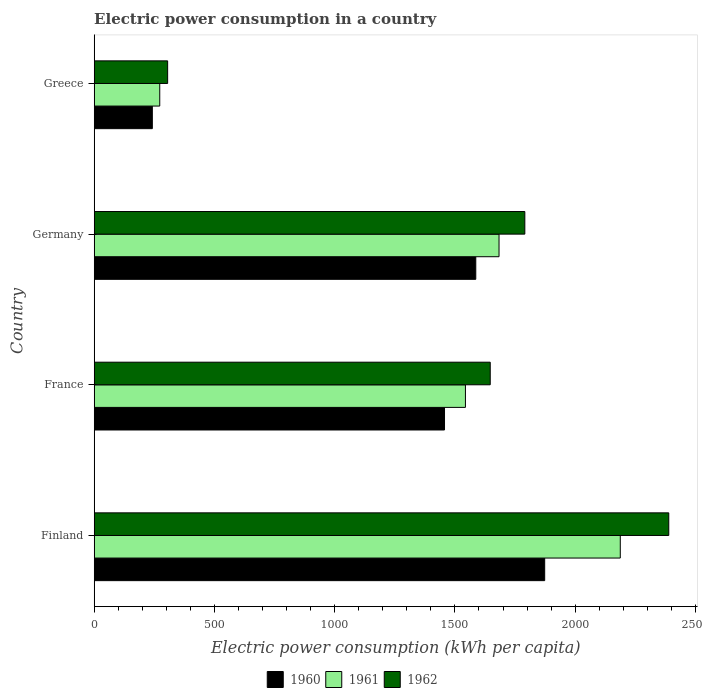
| Country | 1960 | 1961 | 1962 |
 | --- | --- | --- | --- |
 | Finland | 1.87e+03 | 2.19e+03 | 2.39e+03 |
 | France | 1.46e+03 | 1.54e+03 | 1.65e+03 |
 | Germany | 1.59e+03 | 1.68e+03 | 1.79e+03 |
 | Greece | 242 | 273 | 305 |